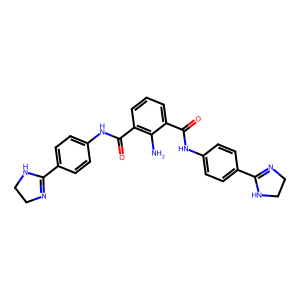
SMILES: Nc1c(C(=O)Nc2ccc(C3=NCCN3)cc2)cccc1C(=O)Nc1ccc(C2=NCCN2)cc1
Inhibits HIV replication: No